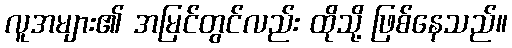
လူအများ၏ အမြင်တွင်လည်း ထိုသို့ ဖြစ်နေသည်။